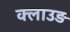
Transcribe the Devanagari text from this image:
क्लाउड़